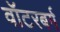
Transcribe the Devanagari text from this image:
वॉटरबर्ग